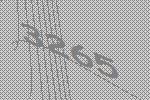
3265